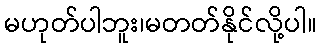
မဟုတ်ပါဘူး၊မတတ်နိုင်လို့ပါ။